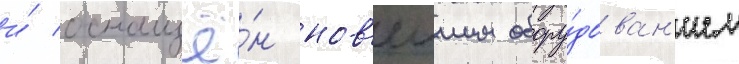
и́ оснащё́н нов'еишим обору́дован'ием